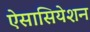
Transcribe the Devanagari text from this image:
ऐसासियेशन